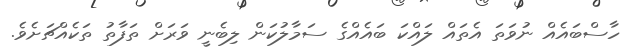
ހާސްބައެއް ނުވަތަ އެތައް ލައްކަ ބައެއްގެ ސަމާލުކަން ލިބެނީ ވަރަށް ތަފާތު ތަކެއްޗަށެވެ.